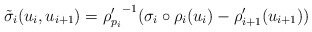
\begin{align*}\tilde{\sigma}_i(u_i,u_{i+1}) = {\rho_{p_i}'}^{-1}(\sigma_i \circ \rho_i(u_i) -\rho_{i+1}'(u_{i+1}))\end{align*}